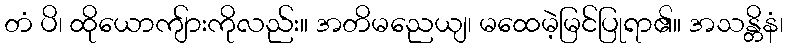
တံ ပိ၊ ထိုယောကျ်ားကိုလည်း။ အတိမညေယျ၊ မထေမဲ့မြင်ပြုရာ၏။ အသန္တိနံ၊